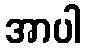
အာပါ